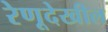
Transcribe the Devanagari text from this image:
रेणूदेखील